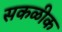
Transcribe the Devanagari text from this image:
सकळीक